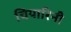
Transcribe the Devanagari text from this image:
चियारिनी